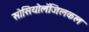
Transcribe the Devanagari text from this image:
सोसियोलॅजिलकल